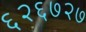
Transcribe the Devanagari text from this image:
६२६७२७